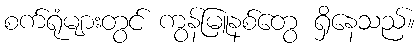
စက်ရုံများတွင် ကွန်မြူနစ်တွေ ရှိနေသည်။